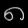
Digit: ၈